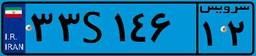
۳۳S۱۴۶۱۲